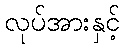
လုပ်အားနှင့်